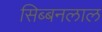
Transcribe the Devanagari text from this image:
सिब्‍बनलाल